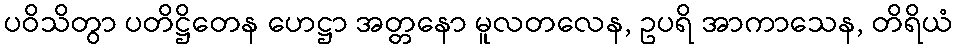
ပဝိသိတွာ ပတိဋ္ဌိတေန ဟေဋ္ဌာ အတ္တနော မူလတလေန, ဥပရိ အာကာသေန, တိရိယံ